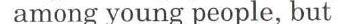
amoung young people, but